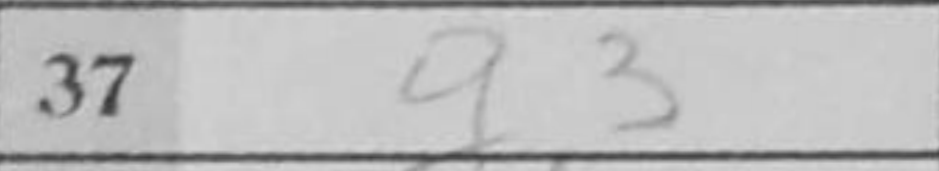
Transcription: g3